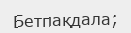
Бетпақдала;